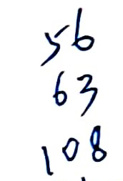
\begin{align*}
&y6\\
&63\\
&108
\end{align*}